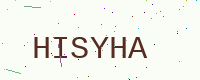
Text: HISYHA